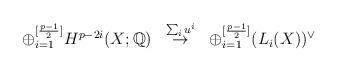
LaTeX: \begin{align*}\begin{array}{ccc}\oplus_{i=1}^{[{p-1\over 2}]} H^{p-2i}(X;\mathbb Q) &\stackrel{\sum_i u^i}\rightarrow &\oplus_{i=1}^{[{p-1\over 2}]} (L_i(X))^{\vee}\end{array}\end{align*}